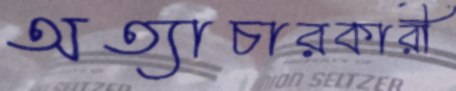
অত্যাচারকারী